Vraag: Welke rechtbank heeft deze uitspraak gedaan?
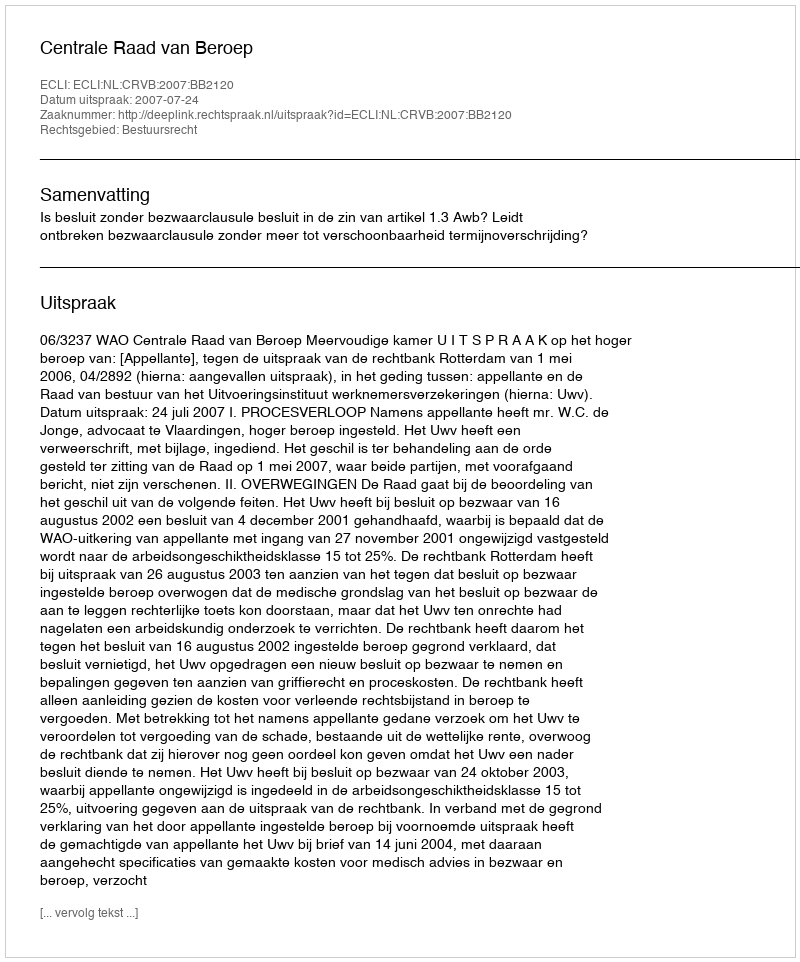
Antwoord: Centrale Raad van Beroep